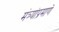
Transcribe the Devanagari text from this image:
मंत्र्यांप्रमाणे